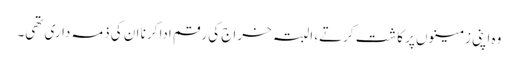
وہ اپنی زمینوں پر کاشت کرتے، البتہ خراج کی رقم ادا کرنا ان کی ذمہ داری تھی۔